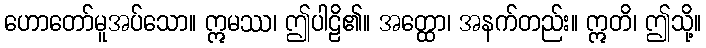
ဟောတော်မူအပ်သော။ ဣမဿ၊ ဤပါဠိ၏။ အတ္ထော၊ အနက်တည်း။ ဣတိ၊ ဤသို့။